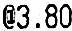
@3.80